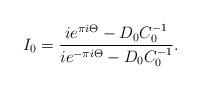
LaTeX: \begin{align*} I_0=\frac{i{e}^{\pi i\Theta}-D_0C_0^{-1}}{i{e}^{-\pi i\Theta}-D_0C_0^{-1}}.\end{align*}